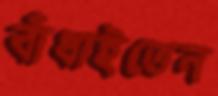
বাঁধাইতেন